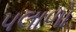
પલાળો